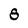
Character: s